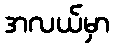
အလယ်မှာ